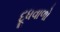
દૂધવાળો